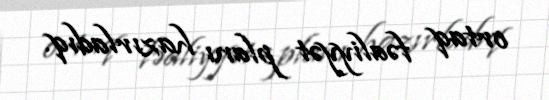
ortaq fəaliyyət planı hazırladıq.